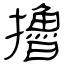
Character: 擼